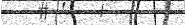
١٠٦